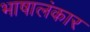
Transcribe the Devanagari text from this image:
भाषालंकार